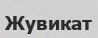
Жувикат